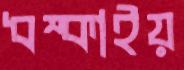
ধম্‌কাইয়